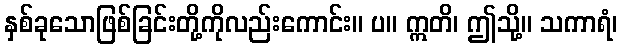
နှစ်ခုသောဖြစ်ခြင်းတို့ကိုလည်းကောင်း။ ပ။ ဣတိ၊ ဤသို့။ သကာရံ၊